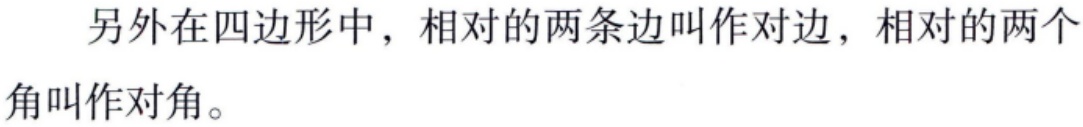
另外在四边形中，相对的两条边叫作对边，相对的两个角叫作对角。